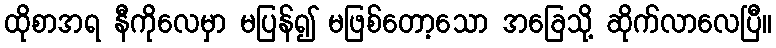
ထိုစာအရ နီကိုလေမှာ မပြန်၍ မဖြစ်တော့သော အခြေသို့ ဆိုက်လာလေပြီ။